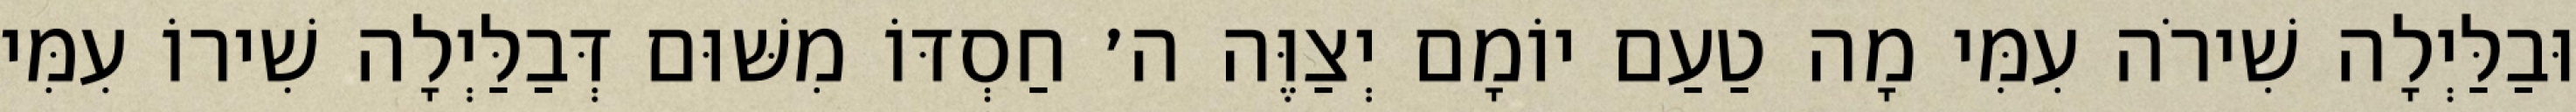
וּבַלַּיְלָה שִׁירֹה עִמִּי מָה טַעַם יוֹמָם יְצַוֶּה ה׳ חַסְדּוֹ מִשּׁוּם דְּבַלַּיְלָה שִׁירוֹ עִמִּי